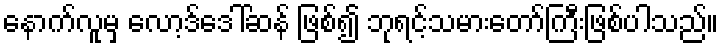
နောက်လူမှ လော့ဒ်ဒေါ်ဆန် ဖြစ်၍ ဘုရင့်သမားတော်ကြီးဖြစ်ပါသည်။